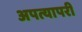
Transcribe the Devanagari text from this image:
अपत्यापरी